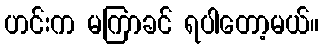
ဟင်းက မကြာခင် ရပါတော့မယ်။